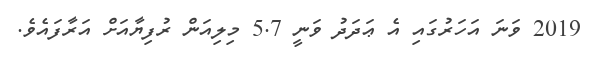
2019 ވަނަ އަހަރުގައި އެ ޢަދަދު ވަނީ 5.7 މިލިއަން ރުފިޔާއަށް އަރާފައެވެ.